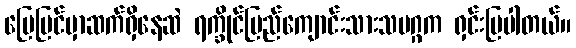
မြေပြင်မှာဆက်ရှိနေဆဲ ရက္ခိုင်ပြည်ကျောင်းသားသမဂ္ဂက ရှင်းပြပါတယ်။